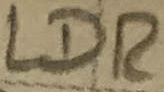
Text: LDR